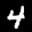
Label: 4